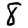
Digit: 8